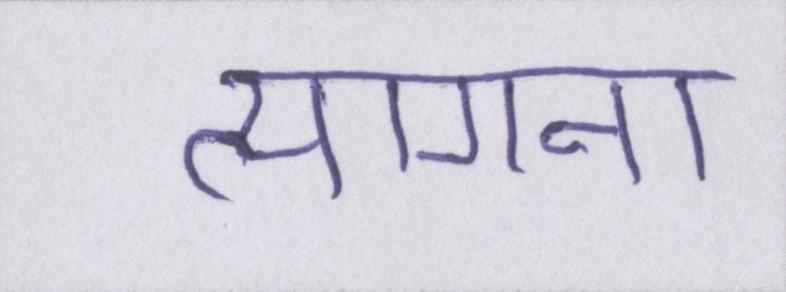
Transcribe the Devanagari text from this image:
त्यागना